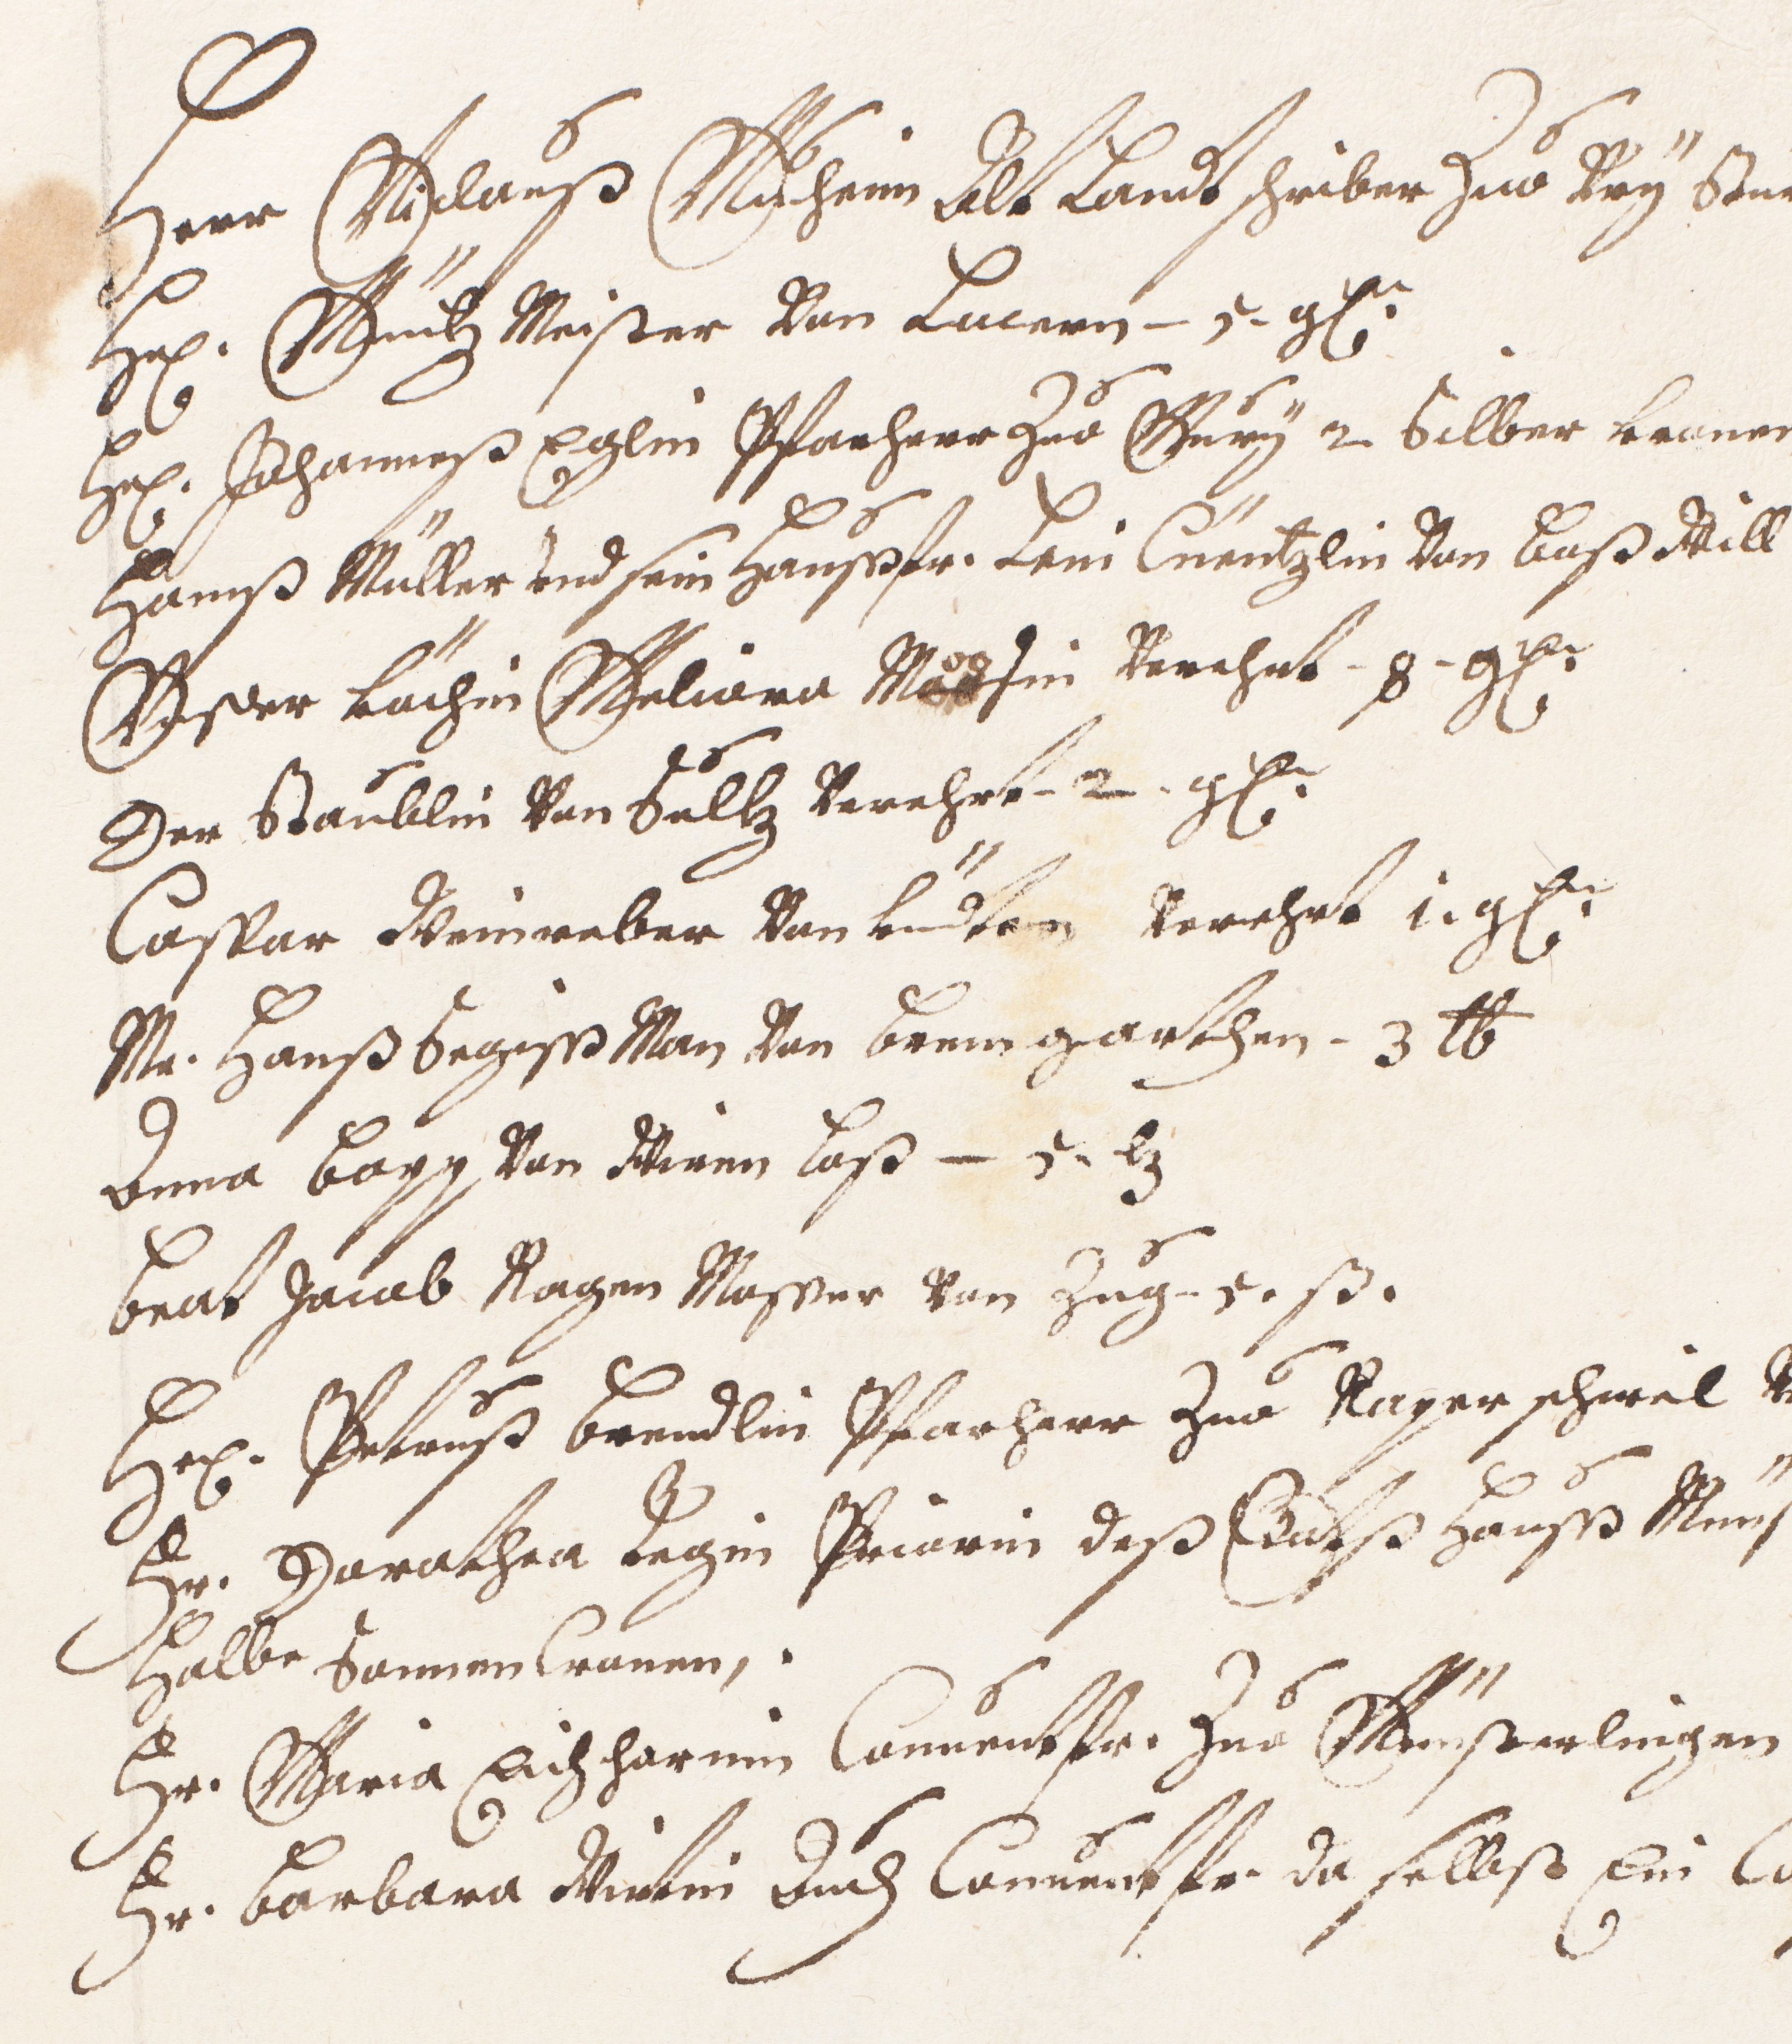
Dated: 1441–1441